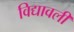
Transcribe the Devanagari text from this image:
विद्यावली